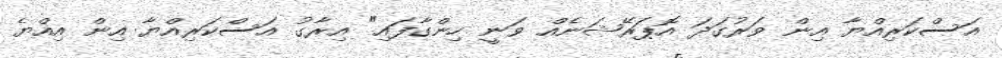
އަސްކަރިއްޔާ އިން ވަރުގަދަ އޮޕަރޭޝަނެއް ވަނީ ހިންގާފައި" އިރާގު އަސްކަރިއްޔާ އިން އިއްޔެ